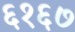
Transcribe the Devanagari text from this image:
६१६७